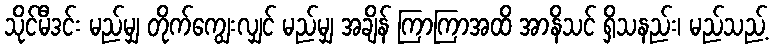
သိုင်မီဒင်း မည်မျှ တိုက်ကျွေးလျှင် မည်မျှ အချိန် ကြာကြာအထိ အာနိသင် ရှိသနည်း၊ မည်သည့်